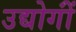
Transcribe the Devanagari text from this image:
उद्योगोंं